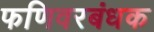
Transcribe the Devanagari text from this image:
फणिवरबंधक